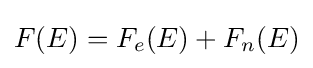
F(E)=F_{e}(E)+F_{n}(E)